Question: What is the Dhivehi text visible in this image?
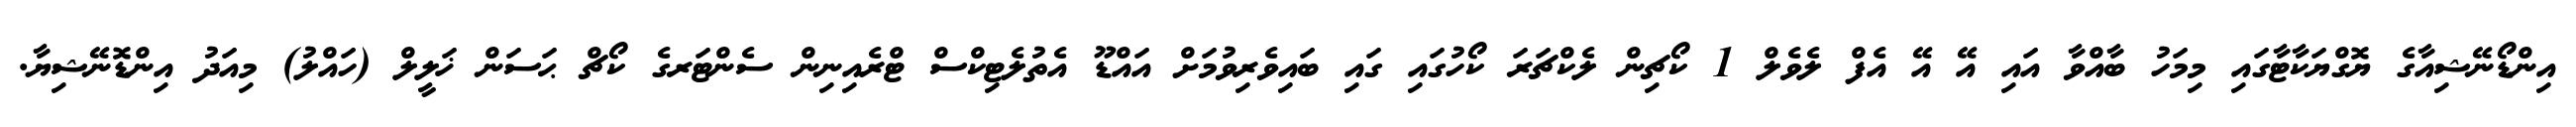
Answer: އިންޑޯނޭޝިއާގެ ޔޮގްޔަކާޓާގައި މިމަހު ބާއްވާ އައި އޭ އޭ އެފް ލެވެލް 1 ކޯޗިން ލެކްޗަރަ ކޯހުގައި ގައި ބައިވެރިވުމަށް އައްޑޫ އެތުލެޓިކްސް ޓްރެއިނިން ސެންޓަރގެ ކޯޗް ޙަސަން ޚަލީލް (ހައްލު) މިއަދު އިންޑޮނޭޝިޔާ.